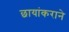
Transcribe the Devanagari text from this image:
छायांकराने